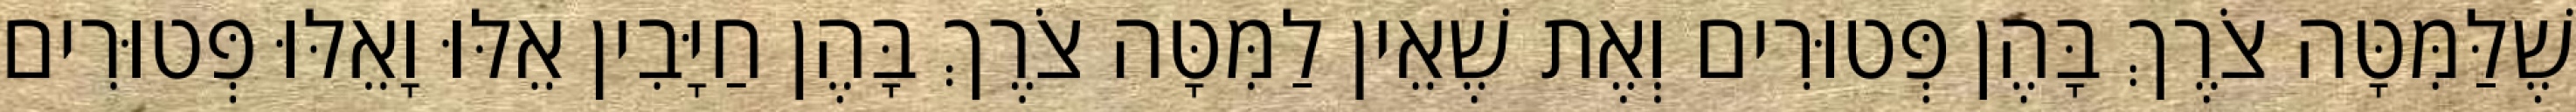
שֶׁלַּמִּטָּה צֹרֶךְ בָּהֶן פְּטוּרִים וְאֶת שֶׁאֵין לַמִּטָּה צֹרֶךְ בָּהֶן חַיָּבִין אֵלּוּ וָאֵלּוּ פְּטוּרִים